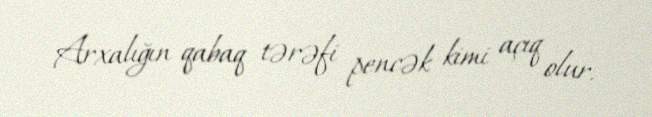
Arxalığın qabaq tərəfi pencək kimi açıq olur.